Report on the cultivation and use of ganja
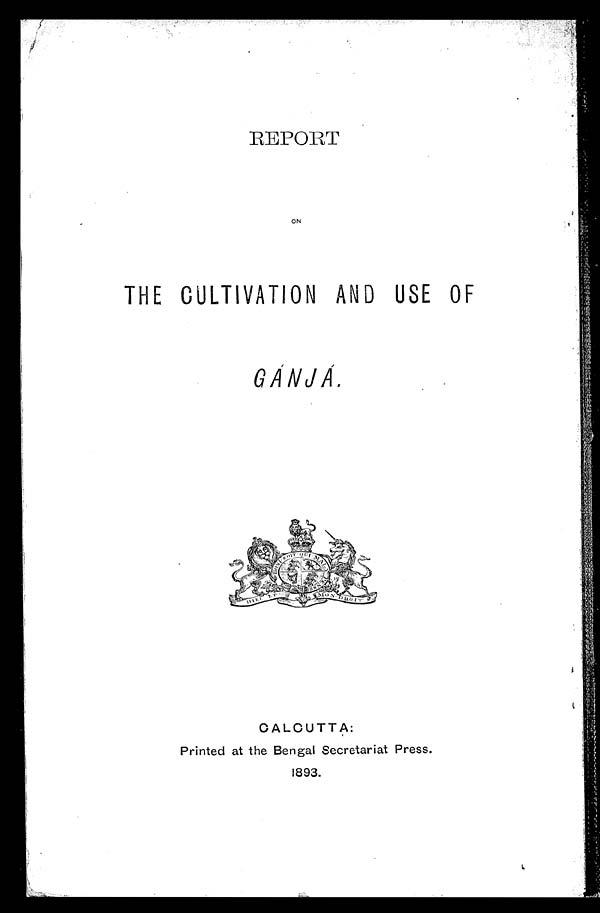
REPORT
ON
THE CULTIVATION AND USE OF
GÁNJÁ.
CALCUTTA:
Printed at the Bengal Secretariat Press.
1893.